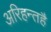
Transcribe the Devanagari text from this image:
अरिहन्तहै